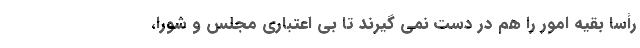
رأساً بقیه امور را هم در دست نمی گیرند تا بی اعتباری مجلس و شورا،